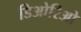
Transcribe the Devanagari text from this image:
डिओरिओ